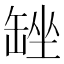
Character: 𮉴